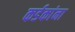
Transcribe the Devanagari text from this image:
कर्डकांना